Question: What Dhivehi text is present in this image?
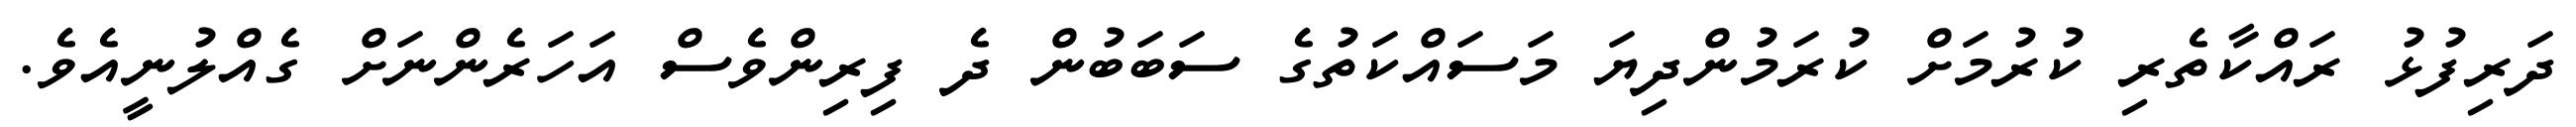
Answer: ދަރިފުޅު ރައްކާތެރި ކުރުމަށް ކުރަމުންދިޔަ މަސައްކަތުގެ ސަބަބުން ދެ ފިރިންވެސް އަހަރެންނަށް ގެއްލުނީއެވެ.